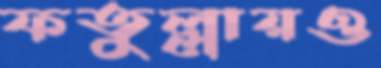
ফতুল্লায়ও